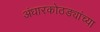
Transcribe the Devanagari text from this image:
अंधारकोठड्यांच्या